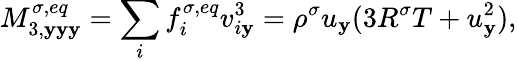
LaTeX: M_{3,\mathbf{y}\mathbf{y}\mathbf{y}}^{\sigma,eq}=\sum_{i}f_{i}^{\sigma,eq}v_{i\mathbf{y}}^{3}=\rho^{\sigma}u_{\mathbf{y}}(3R^{\sigma}T+u_{\mathbf{y}}^{2}),